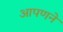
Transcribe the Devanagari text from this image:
आपणने